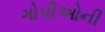
ગોપીઓની